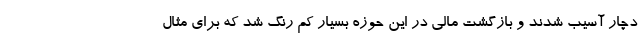
دچار آسیب شدند و بازگشت مالی در این حوزه بسیار کم رنگ شد که برای مثال